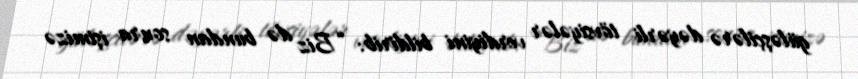
güləşçilərə dəyərli tövsiyələr verdiyini bildirib: “Biz də bundan sonra işimizə